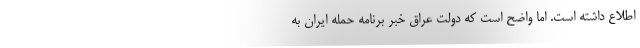
اطلاع داشته است. اما واضح است که دولت عراق خبر برنامه حمله ایران به